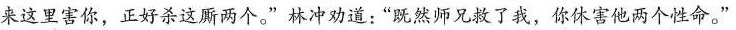
来这里害你，正好杀这厮两个。”林冲劝道：“既然师兄救了我，你休害他两个性命。”